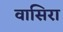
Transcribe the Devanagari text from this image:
वासिरा